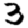
Digit: 3